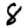
Digit: 8